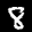
Label: 8